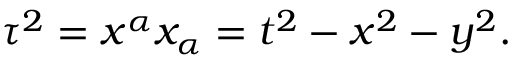
\tau ^ { 2 } = x ^ { \alpha } x _ { \alpha } = t ^ { 2 } - x ^ { 2 } - y ^ { 2 } .